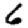
Digit: 6